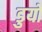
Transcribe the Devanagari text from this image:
डुयो